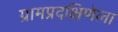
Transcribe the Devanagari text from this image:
ग्रामप्रदक्षिणेला